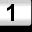
Digit: 1